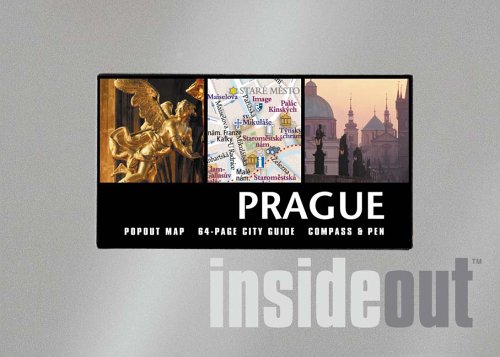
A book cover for Inside Out Prague (InsideOut City Guides); Rand McNally; Travel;